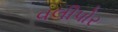
વલીપોર